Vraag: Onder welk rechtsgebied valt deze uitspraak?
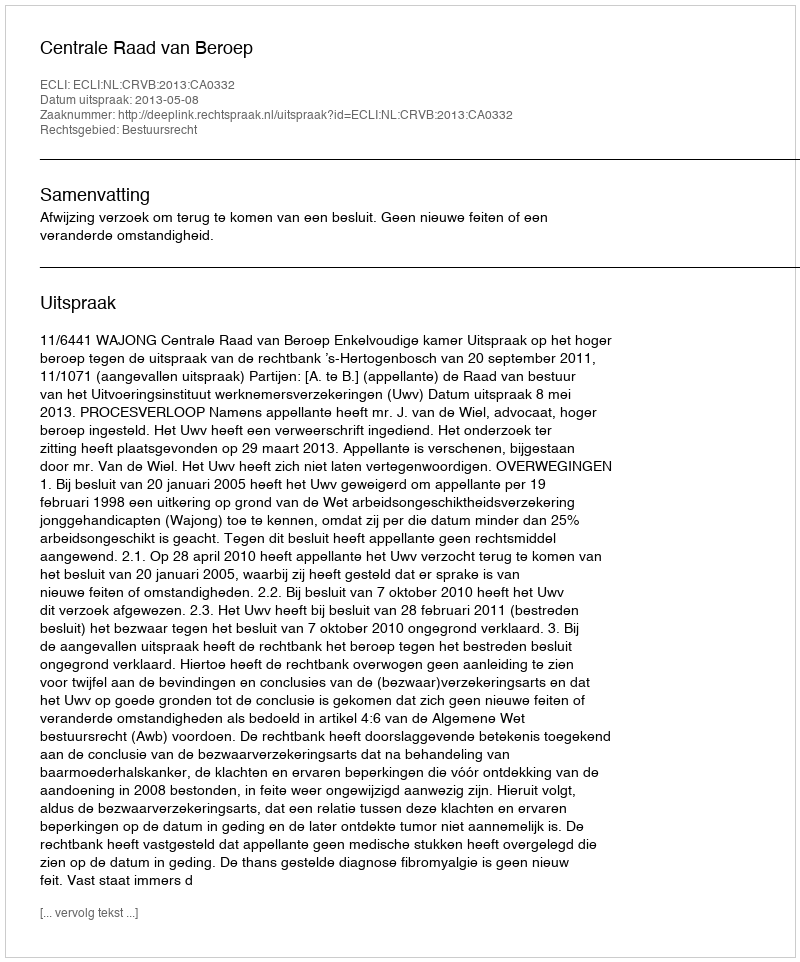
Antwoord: Bestuursrecht